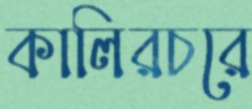
কালিরচরে